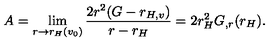
A = \lim _ { r \rightarrow r _ { H } ( v _ { 0 } ) } \frac { 2 r ^ { 2 } ( G - r _ { H , v } ) } { r - r _ { H } } = 2 r _ { H } ^ { 2 } G _ { , r } ( r _ { H } ) .